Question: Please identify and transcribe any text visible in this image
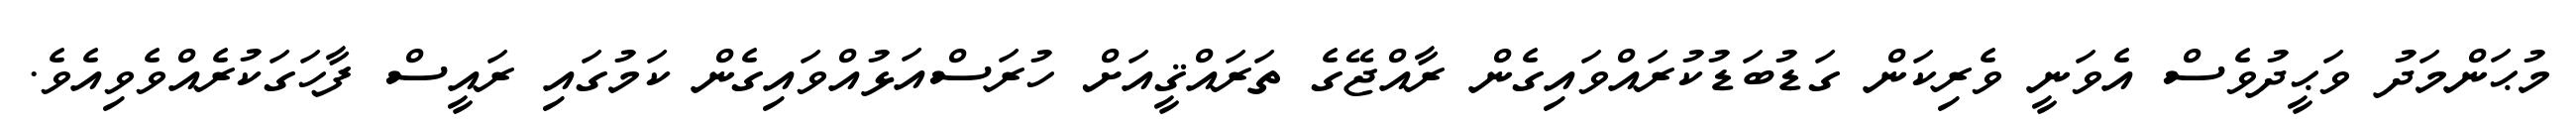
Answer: މުޙަންމަދު ވަޙީދުވެސް އެވަނީ ވެރިކަން ގަޑުބަޑުކުރައްވައިގެން ރާއްޖޭގެ ތަރައްޤީއަށް ހުރަސްއަޅުއްވައިގެން ކަމުގައި ރައީސް ފާހަގަކުރެއްވެވިއެވެ.